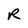
Character: R